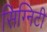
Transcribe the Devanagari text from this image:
सिग्निटी